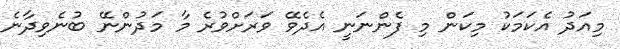
މިއަދު އެކަމަކު މިކަން މި ފެންނަނީ އެދެވޭ ވަރަށްވުރެ މާ މަދުންނޭ ބުނެވިދާނެ